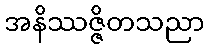
အနိဿဇ္ဇိတသညာ